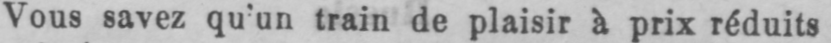
Vous savez qu’un train de plaisir à prix réduits